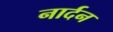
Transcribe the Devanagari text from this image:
नार्दन